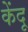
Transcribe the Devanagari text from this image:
केंदू